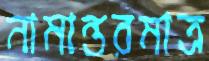
নামান্তরমাত্র